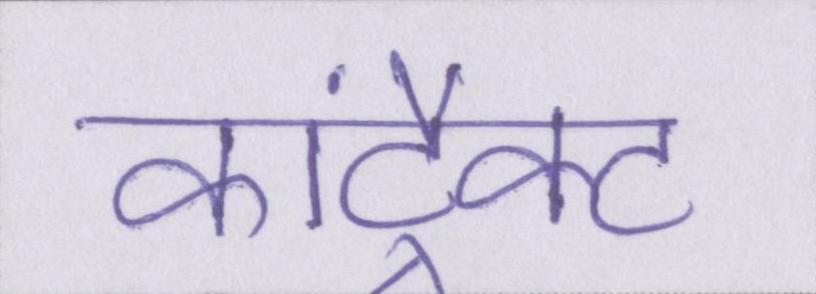
कांट्रैक्ट